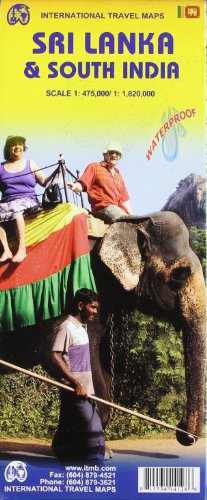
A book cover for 1. Sri Lanka & South India 1:475,000/1:1,820,000 2008*** (International Travel Maps); International Travel maps; Travel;